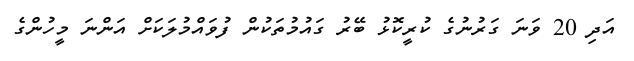
އަދި 20 ވަނަ ގަރުނުގެ ކުރީކޮޅު ބޭރު ގައުމުތަކުން ފުވައްމުލަކަށް އަންނަ މީހުންގެ